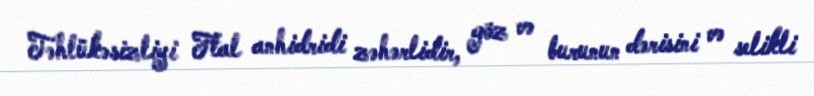
Təhlükəsizliyi Ftal anhidridi zəhərlidir, göz və burunun dərisini və selikli